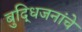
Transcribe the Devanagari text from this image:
बुद्धिजनांचे